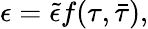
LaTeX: \epsilon=\tilde{\epsilon}f(\tau,\bar{\tau}),